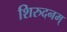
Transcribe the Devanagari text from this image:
शिरुदनम्